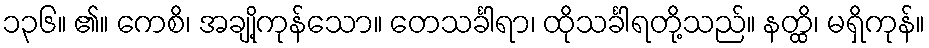
၁၃၆။ ၏။ ကေစိ၊ အချို့ကုန်သော။ တေသင်္ခါရာ၊ ထိုသင်္ခါရတို့သည်။ နတ္ထိ၊ မရှိကုန်။